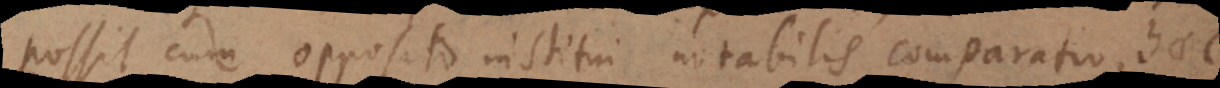
possit cum opposito institui notabilis comparatio, haec